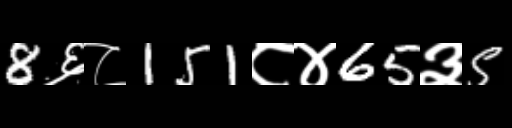
Text: 8६८151८४65३5